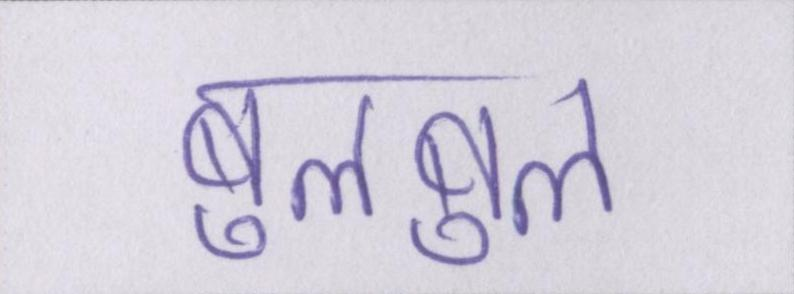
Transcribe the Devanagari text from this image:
बुलबुल